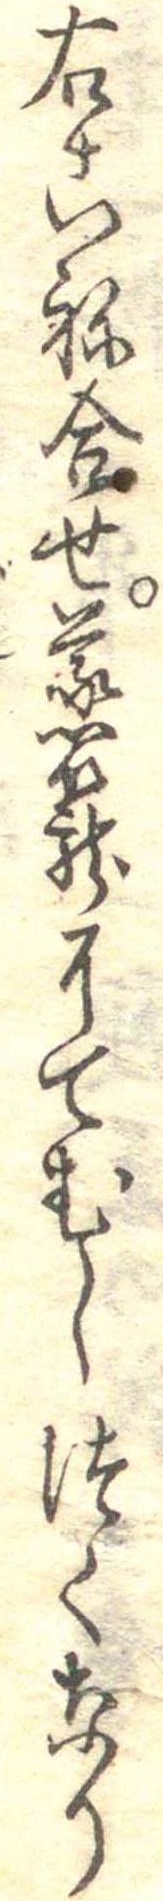
右こね合せ蒸篭にてむしつくなり